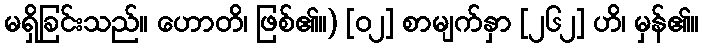
မရှိခြင်းသည်။ ဟောတိ၊ ဖြစ်၏။) [၀၂] စာမျက်နှာ [၂၆၂] ဟိ၊ မှန်၏။